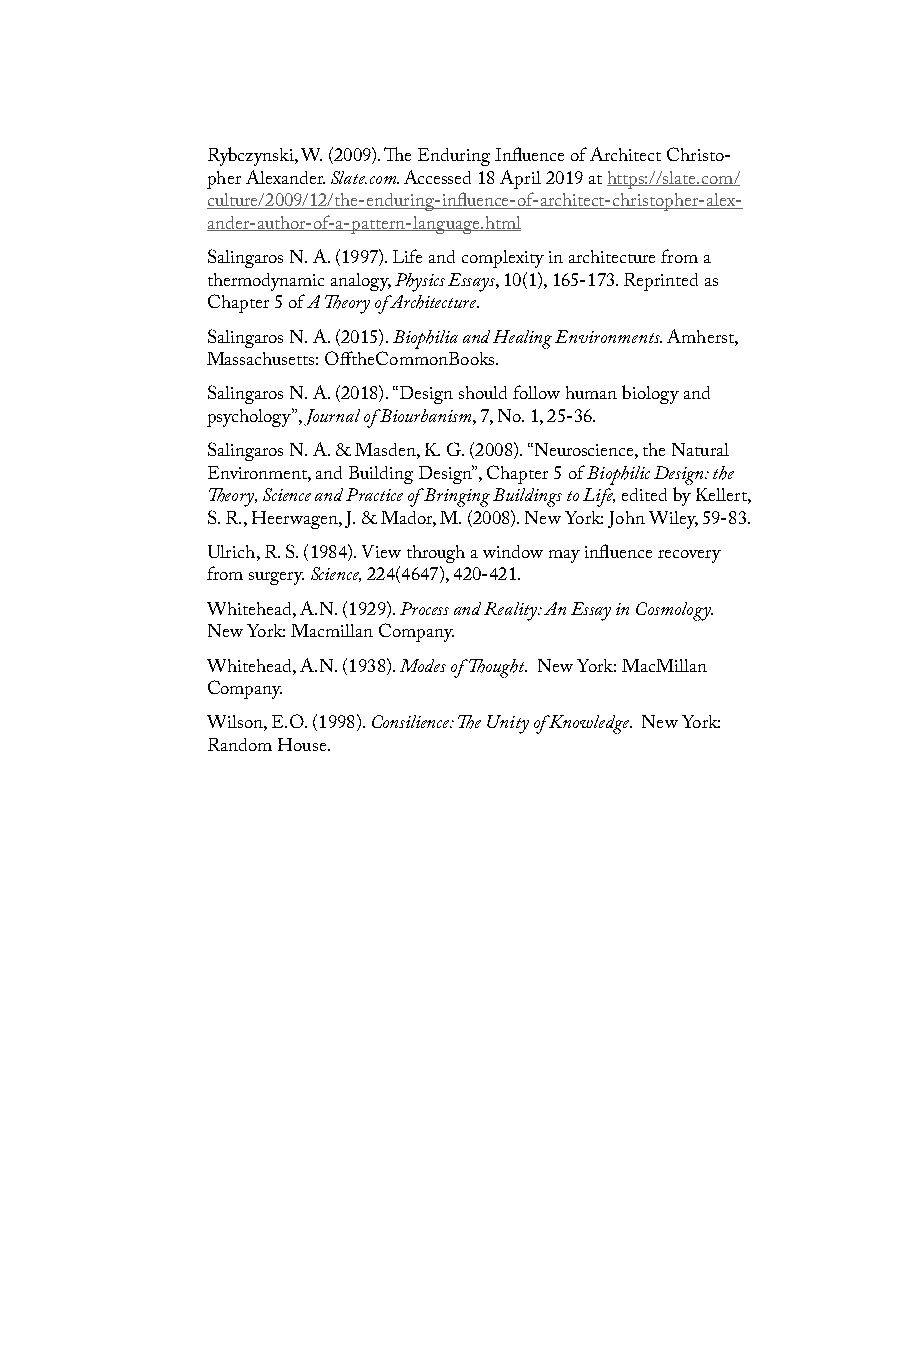
Rybczynski, W. (2009). The Enduring Influence of Architect Christo-
 pher Alexander. Slate.com. Accessed 18 April 2019 at https://slate.com/
 culture/2009/12/the-enduring-influence-of-architect-christopher-alex-
 ander-author-of-a-pattern-language.html
 Salingaros N. A. (1997). Life and complexity in architecture from a
 thermodynamic analogy, Physics Essays, 10(1), 165-173. Reprinted as
 Chapter 5 of A Theory of Architecture.
 Salingaros N. A. (2015). Biophilia and Healing Environments. Amherst,
 Massachusetts: OfftheCommonBooks.
 Salingaros N. A. (2018). “Design should follow human biology and
 psychology”, Journal of Biourbanism, 7, No. 1, 25-36.
 Salingaros N. A. & Masden, K. G. (2008). “Neuroscience, the Natural
 Environment, and Building Design”, Chapter 5 of Biophilic Design: the
 Theory, Science and Practice of Bringing Buildings to Life, edited by Kellert,
 S. R., Heerwagen, J. & Mador, M. (2008). New York: John Wiley, 59-83.
 Ulrich, R. S. (1984). View through a window may influence recovery
 from surgery. Science, 224(4647), 420-421.
 Whitehead, A.N. (1929). Process and Reality: An Essay in Cosmology.
 New York: Macmillan Company.
 Whitehead, A.N. (1938). Modes of Thought. New York: MacMillan
 Company.
 Wilson, E.O. (1998). Consilience: The Unity of Knowledge. New York:
 Random House.